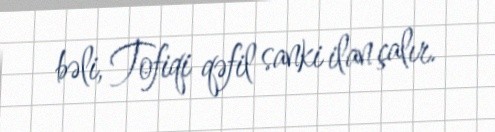
bəli, Tofiqi qəfil sanki ilan çalır.